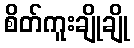
စိတ်ကူးချိုချို